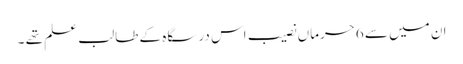
ان میں سے 6حرماں نصیب اس درسگاہ کے طالب علم تھے ۔